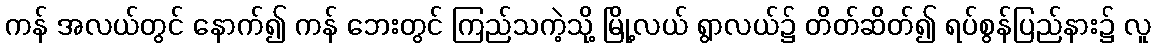
ကန် အလယ်တွင် နောက်၍ ကန် ဘေးတွင် ကြည်သကဲ့သို့ မြို့လယ် ရွာလယ်၌ တိတ်ဆိတ်၍ ရပ်စွန်ပြည်နား၌ လူ